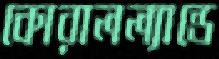
কোরালল্যান্ডে